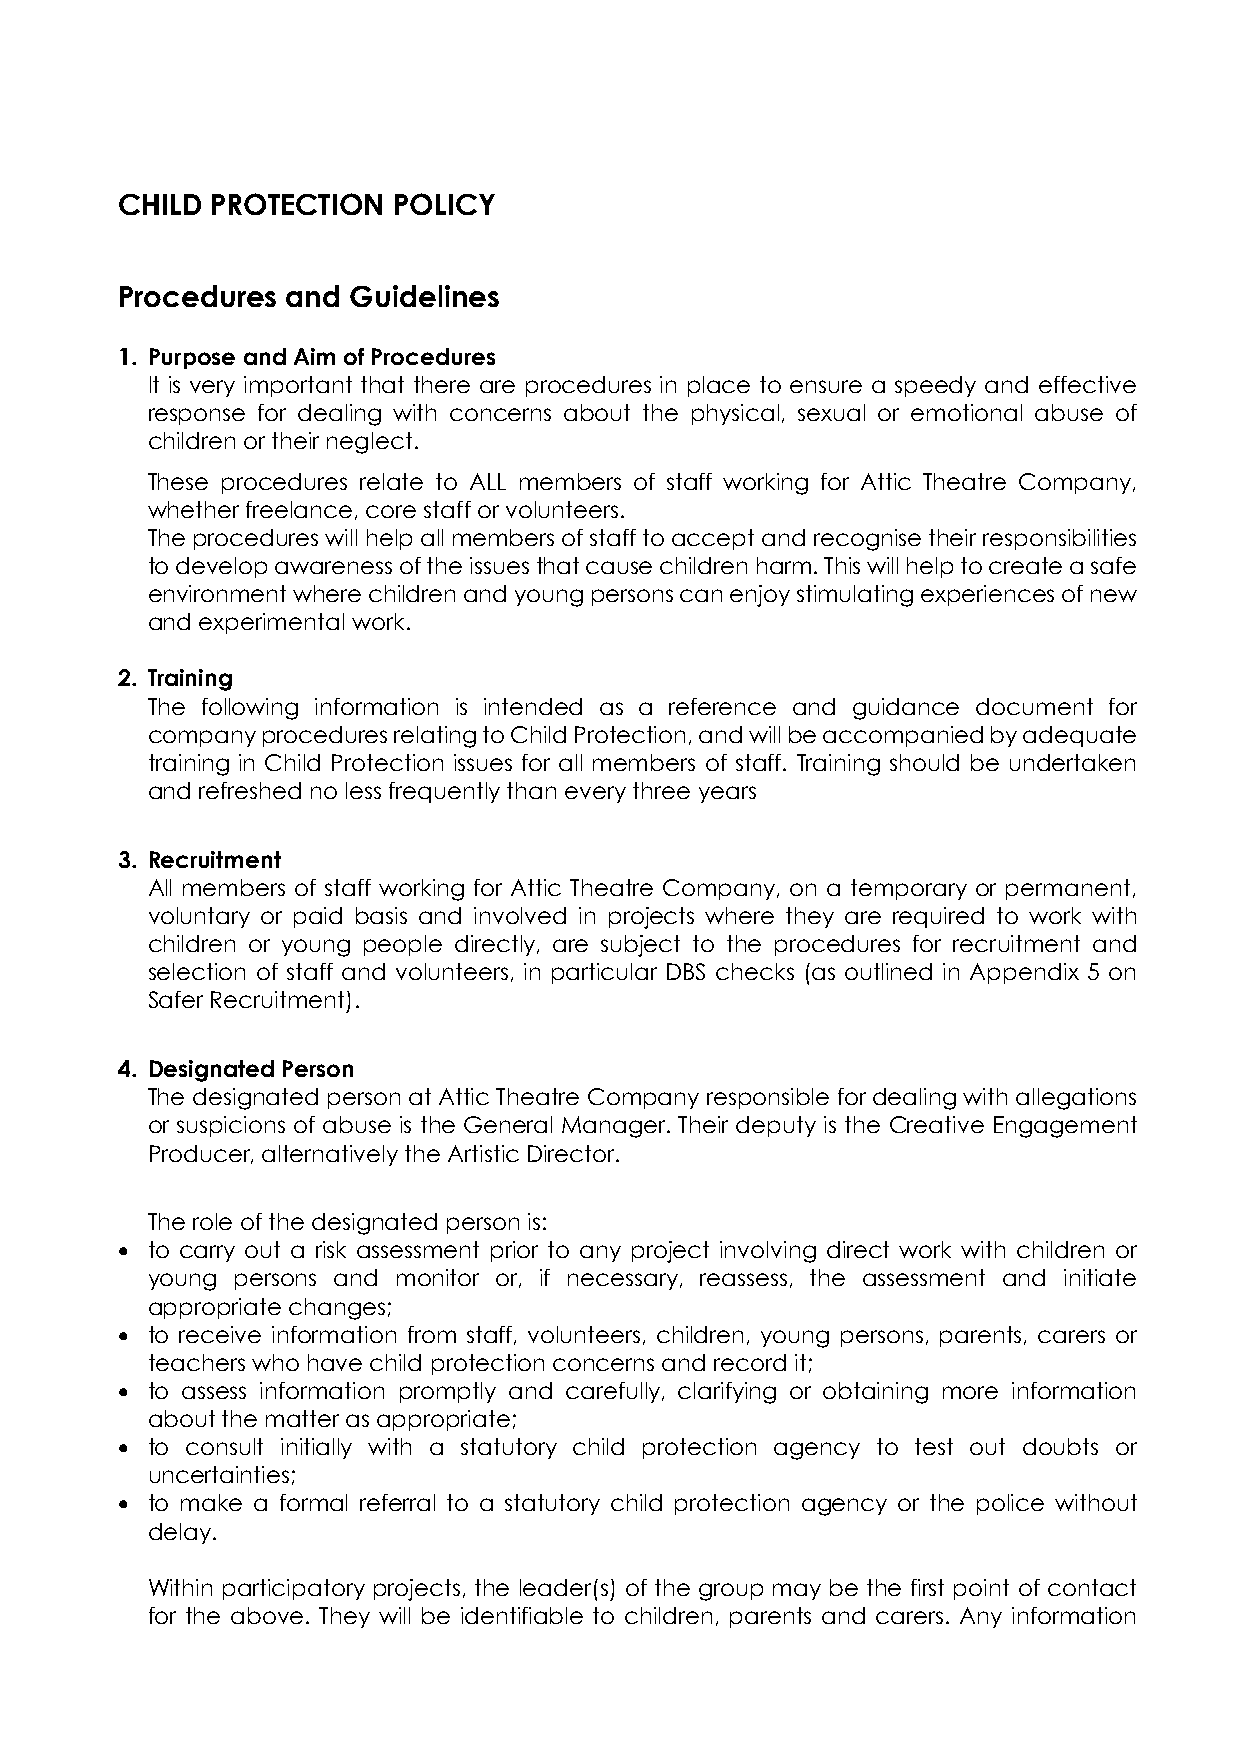
CHILD PROTECTION  POLICY
 Procedures and Guidelines
 1. Purpose and Aim of Procedures
 It is very important that there are procedures in place to ensure a speedy and effective
 response for dealing with concerns about the physical, sexual or emotional abuse of
 children or their neglect.
 These procedures relate to ALL members of staff working for Attic Theatre Company,
 whether freelance, core staff or volunteers.
 The procedures will help all members of staff to accept and recognise their responsibilities
 to develop awareness of the issues that cause children harm. This will help to create a safe
 environment where children and young persons can enjoy stimulating experiences of new
 and experimental work.
 2. Training
 The following information is intended as a reference and guidance document for
 company procedures relating to Child Protection, and will be accompanied by adequate
 training in Child Protection issues for all members of staff. Training should be undertaken
 and refreshed no less frequently than every three years
 3. Recruitment
 All members of staff working for Attic Theatre Company, on a temporary or permanent,
 voluntary or paid basis and involved in projects where they are required to work with
 children or young people directly, are subject to the procedures for recruitment and
 selection of staff and volunteers, in particular DBS checks (as outlined in Appendix 5 on
 Safer Recruitment).
 4. Designated Person
 The designated person at Attic Theatre Company responsible for dealing with allegations
 or suspicions of abuse is the General Manager. Their deputy is the Creative Engagement
 Producer, alternatively the Artistic Director.
 The role of the designated person is:
 • to carry out a risk assessment prior to any project involving direct work with children or
 young persons and monitor or, if necessary, reassess, the assessment and initiate
 appropriate changes;
 • to receive information from staff, volunteers, children, young persons, parents, carers or
 teachers who have child protection concerns and record it;
 • to assess information promptly and carefully, clarifying or obtaining more information
 about the matter as appropriate;
 • to consult initially with a statutory child protection agency to test out doubts or
 uncertainties;
 • to make a formal referral to a statutory child protection agency or the police without
 delay.
 Within participatory projects, the leader(s) of the group may be the first point of contact
 for the above. They will be identifiable to children, parents and carers. Any information